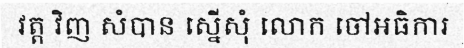
វត្ត វិញ សំបាន ស្នើសុំ លោក ចៅអធិការ